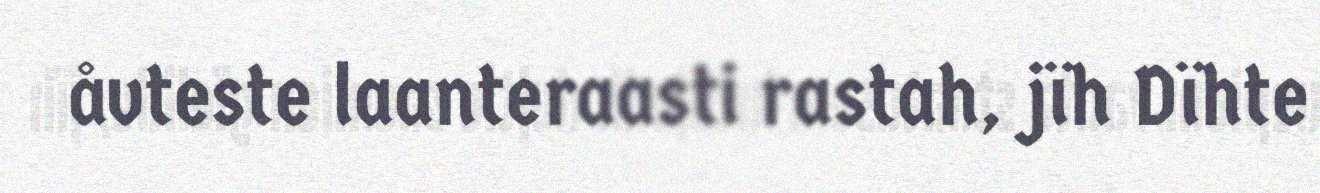
åvteste laanteraasti rastah, jïh Dïhte